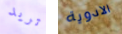
تريد الادوية